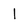
Character: 1